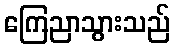
ကြေညာသွားသည်